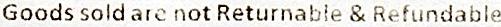
GOODS SOLD ARE NOT RETURNABLE & REFUNDABLE